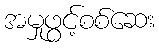
အမှုဖွင့်စစ်ဆေး